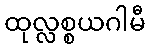
ထုလ္လစ္စယဂါမီ